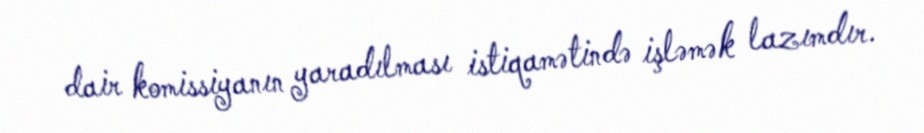
dair komissiyanın yaradılması istiqamətində işləmək lazımdır.